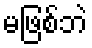
မဖြစ်ဘဲ